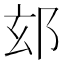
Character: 𮟴